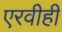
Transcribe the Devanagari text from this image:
एरवीही